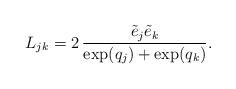
LaTeX: \begin{align*}L_{jk}=2 \,\frac{\tilde{e}_{j}\tilde{e}_{k}}{\exp(q_{j})+\exp(q_{k})}.\end{align*}